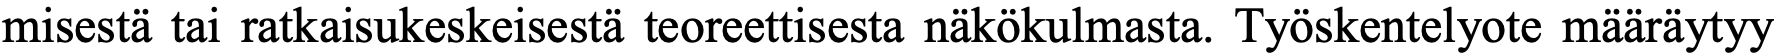
misestä tai ratkaisukeskeisestä teoreettisesta näkökulmasta. Työskentelyote määräytyy